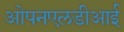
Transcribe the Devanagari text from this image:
ओपनएलडीआई